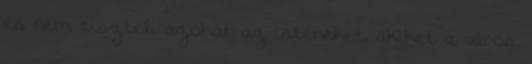
és nem tiszteli azokat az isteneket, akiket a város,